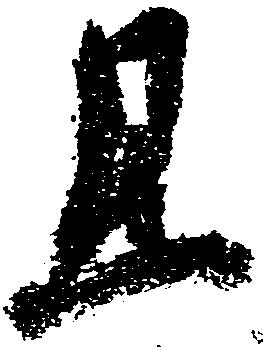
且